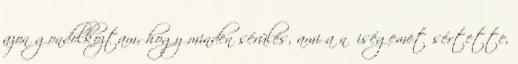
azon gondolkoztam, hogy minden sérülés, ami a nőiségemet sértette,